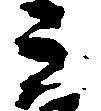
ミ